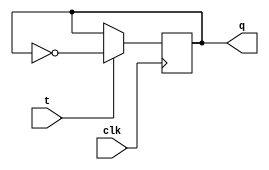
module t_flip_flop (
    input wire clk,
    input wire t,
    output reg q
);

always @(posedge clk) begin
    if (t) begin
        q <= ~q; // Toggle the output
    end
end

endmodule